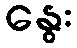
နွေး